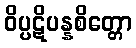
ဝိပ္ပဋိပန္နစိတ္တော